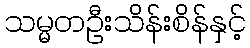
သမ္မတဦးသိန်းစိန်နှင့်